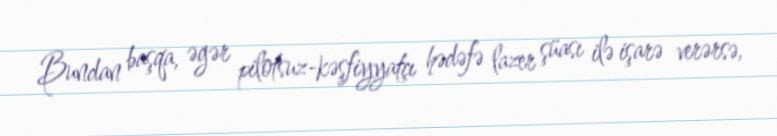
Bundan başqa, əgər pilotsuz-kəşfiyyatçı hədəfə lazer şüası ilə işarə verərsə,